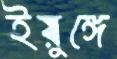
ইয়ুঙ্গে